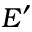
E ^ { \prime }